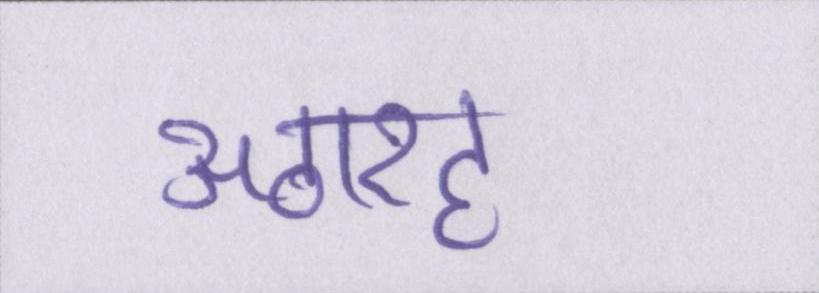
अठारह